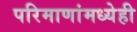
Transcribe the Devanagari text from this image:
परिमाणांमध्येही